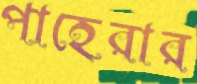
পাহেরার